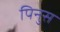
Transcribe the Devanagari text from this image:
पिनुस